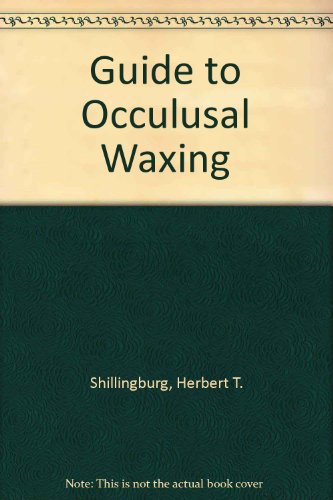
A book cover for Guide to Occlusal Waxing; Herbert T. Shillingburg; Medical Books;